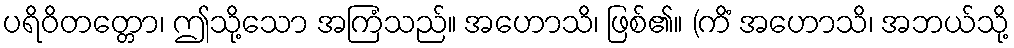
ပရိဝိတတ္တော၊ ဤသို့သော အကြံသည်။ အဟောသိ၊ ဖြစ်၏။ (ကိံ အဟောသိ၊ အဘယ်သို့